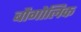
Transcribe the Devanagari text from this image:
बौगोलिक